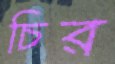
চির